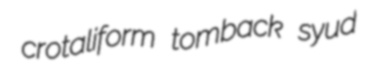
crotaliform tomback syud